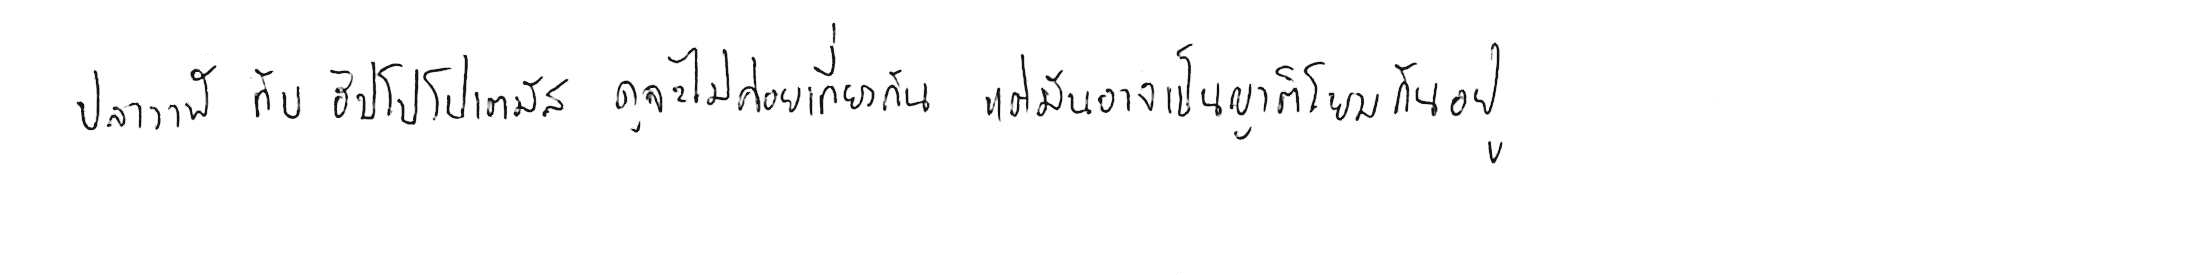
ปลาวาฬ กับ ฮิปโปโปเตมัส ดูจะไม่ค่อยเกี่ยวกัน แต่มันอาจเป็นญาติโยมกันอยู่